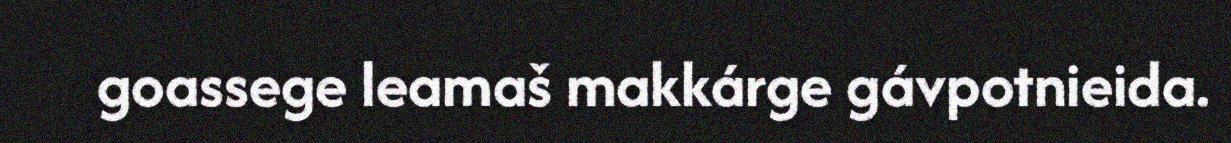
goassege leamaš makkárge gávpotnieida.